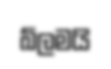
ඛ්ලමයි